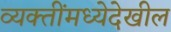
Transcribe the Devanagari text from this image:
व्यक्तींमध्येदेखील